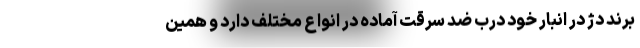
برند دژ در انبار خود درب ضد سرقت آماده در انواع مختلف دارد و همین